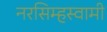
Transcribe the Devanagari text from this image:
नरसिम्हस्वामी